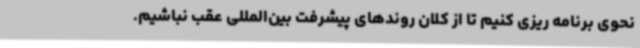
نحوی برنامه ریزی کنیم تا از کلان روندهای پیشرفت بین‌المللی عقب نباشیم.